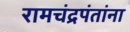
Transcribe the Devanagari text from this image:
रामचंद्रपंतांना